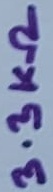
Text: 3.3KΩ